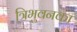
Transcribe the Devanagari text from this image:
त्रिभुवनका